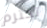
تحترم